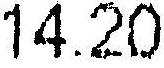
14.20